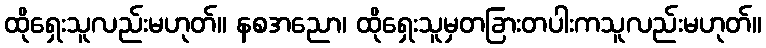
ထိုရှေးသူလည်းမဟုတ်။ နစအညော၊ ထိုရှေးသူမှတခြားတပါးကသူလည်းမဟုတ်။